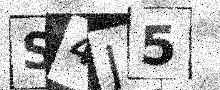
Text: S4J5